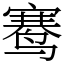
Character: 𬸣